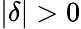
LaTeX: \vert\delta\vert>0